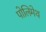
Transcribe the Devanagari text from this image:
पोलिमेथ